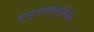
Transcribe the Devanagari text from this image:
इम्युनोग्लेब्युलिनेस